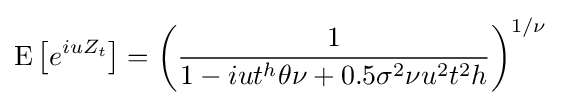
\operatorname {E} \left[e^{iuZ_{t}}\right]=\left({\frac {1}{1-iut^{h}\theta \nu +0.5\sigma ^{2}\nu u^{2}t^{2}h}}\right)^{1/\nu }